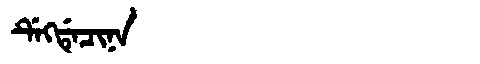
Manchu: ᡩᡝᡴᡩᡝᠴᡳᠨᠠ
Romanization: DEKDECINA